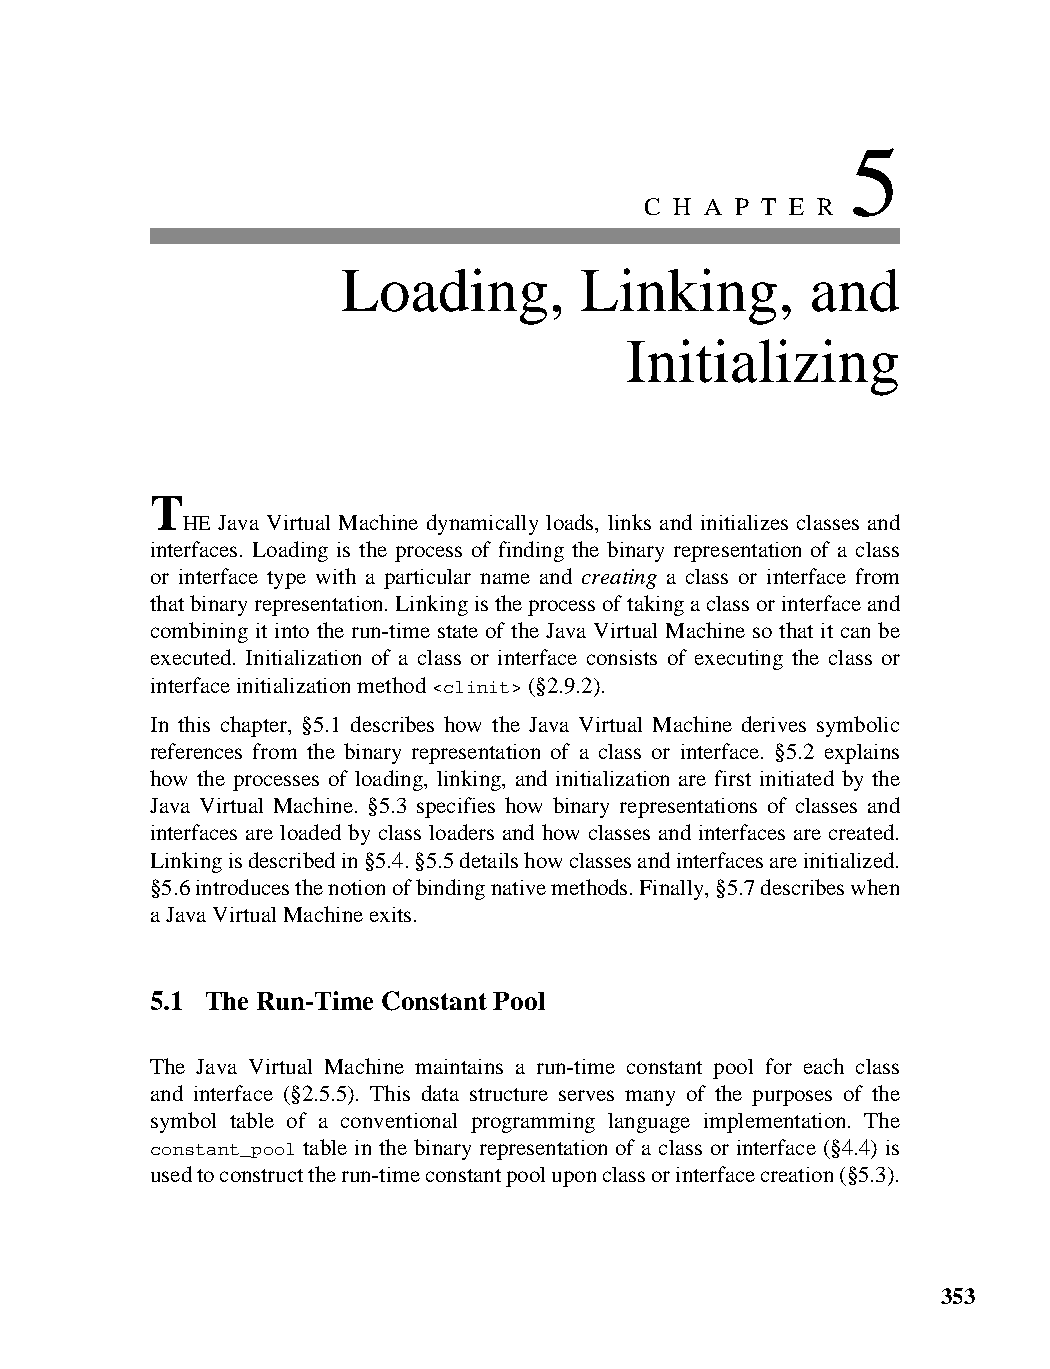
5
 C H A P T E R
 Loading,       Linking,        and
 Initializing
 T
 HE Java Virtual Machine dynamically loads, links and initializes classes and
 interfaces. Loading is the process of finding the binary representation of a class
 or interface type with a particular name and creating a class or interface from
 that binary representation. Linking is the process of taking a class or interface and
 combining it into the run-time state of the Java Virtual Machine so that it can be
 executed. Initialization of a class or interface consists of executing the class or
 interface initialization method <clinit> (§2.9.2).
 In this chapter, §5.1 describes how the Java Virtual Machine derives symbolic
 references from the binary representation of a class or interface. §5.2 explains
 how the processes of loading, linking, and initialization are first initiated by the
 Java Virtual Machine. §5.3 specifies how binary representations of classes and
 interfaces are loaded by class loaders and how classes and interfaces are created.
 Linking is described in §5.4. §5.5 details how classes and interfaces are initialized.
 §5.6 introduces the notion of binding native methods. Finally, §5.7 describes when
 a Java Virtual Machine exits.
 5.1 The Run-Time Constant Pool
 The Java Virtual Machine maintains a run-time constant pool for each class
 and interface (§2.5.5). This data structure serves many of the purposes of the
 symbol table of a conventional programming language implementation. The
 constant_pool table in the binary representation of a class or interface (§4.4) is
 used to construct the run-time constant pool upon class or interface creation (§5.3).
 353